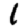
Digit: 1